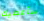
سأعطيك